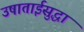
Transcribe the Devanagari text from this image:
उषाताईसुद्धा